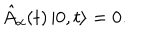
LaTeX: \hat { A } _ { \alpha } ( t ) \left| 0 , t \right> = 0 .